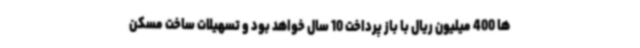
ها 400 میلیون ریال با باز پرداخت 10 سال خواهد بود و تسهیلات ساخت مسکن